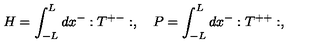
H = \int _ { - L } ^ { L } d x ^ { - } : T ^ { + - } : , \quad P = \int _ { - L } ^ { L } d x ^ { - } : T ^ { + + } : ,